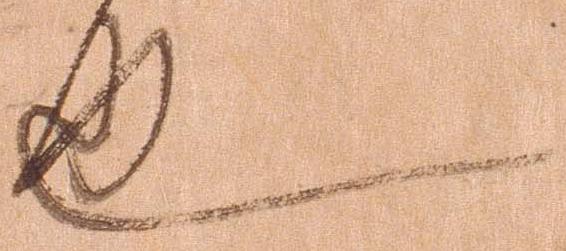
也